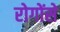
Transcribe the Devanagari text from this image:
रोगोंसे